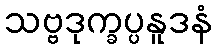
သဗ္ဗဒုက္ခပ္ပနူဒနံ